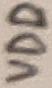
Text: VDD